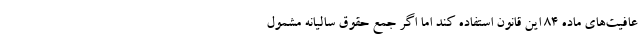
عافیت‌های ماده ۸۴ این قانون استفاده کند اما اگر جمع حقوق سالیانه مشمول